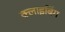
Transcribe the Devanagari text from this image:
क्लाइबिंग